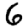
Digit: 6